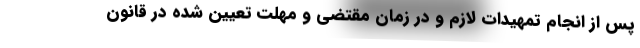
پس از انجام تمهیدات لازم و در زمان مقتضی و مهلت تعیین شده در قانون